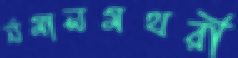
র্নমালমথরী